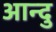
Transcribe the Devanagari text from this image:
आन्दु